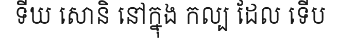
ទីឃ សោនិ នៅក្នុង កល្ប ដែល ទើប